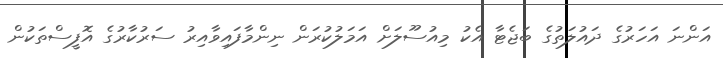
އަންނަ އަހަރުގެ ދައުލަތުގެ ބަޖެޓާ އެކު މިއުސޫލަށް އަމަލުކުރަން ނިންމާފައިވާއިރު ސަރުކާރުގެ އޮފީސްތަކުން